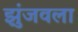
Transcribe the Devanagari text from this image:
झुंजवला